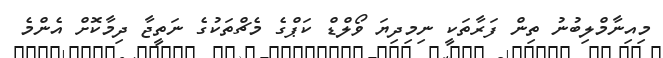
މިއިނާމްލިބުނު ތިން ފަރާތަކީ ނިމިދިޔަ ވޯލްޑް ކަޕްގެ މެޗްތަކުގެ ނަތީޖާ ދިމާކޮށް އެންމެ